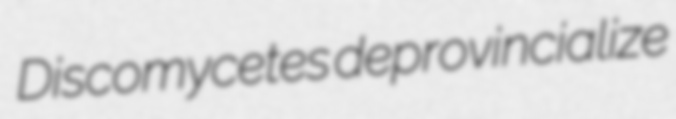
Discomycetes deprovincialize